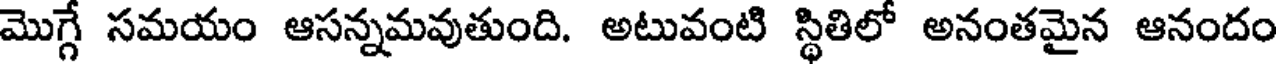
మొగ్గే సమయం ఆసన్నమవుతుంది. అటువంటి స్థితిలో అనంతమైన ఆనందం